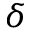
\delta